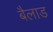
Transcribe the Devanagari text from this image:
बैलाड